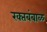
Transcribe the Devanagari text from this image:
रक्‍तबंबाळ